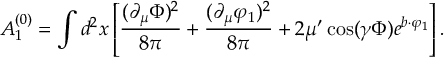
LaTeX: { \cal A } _ { 1 } ^ { ( 0 ) } = \int d ^ { 2 } x \left[ \frac { ( \partial _ { \mu } \Phi ) ^ { 2 } } { 8 \pi } + \frac { ( \partial _ { \mu } \varphi _ { 1 } ) ^ { 2 } } { 8 \pi } + 2 \mu ^ { \prime } \cos ( \gamma \Phi ) e ^ { b \cdot \varphi _ { 1 } } \right] .